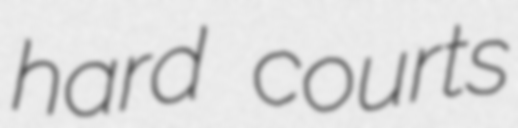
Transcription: hard courts